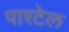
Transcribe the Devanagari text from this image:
पारटेल